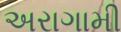
અરાગામી